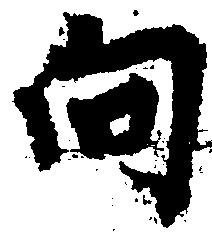
向